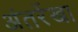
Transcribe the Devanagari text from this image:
अंतर्रेखा